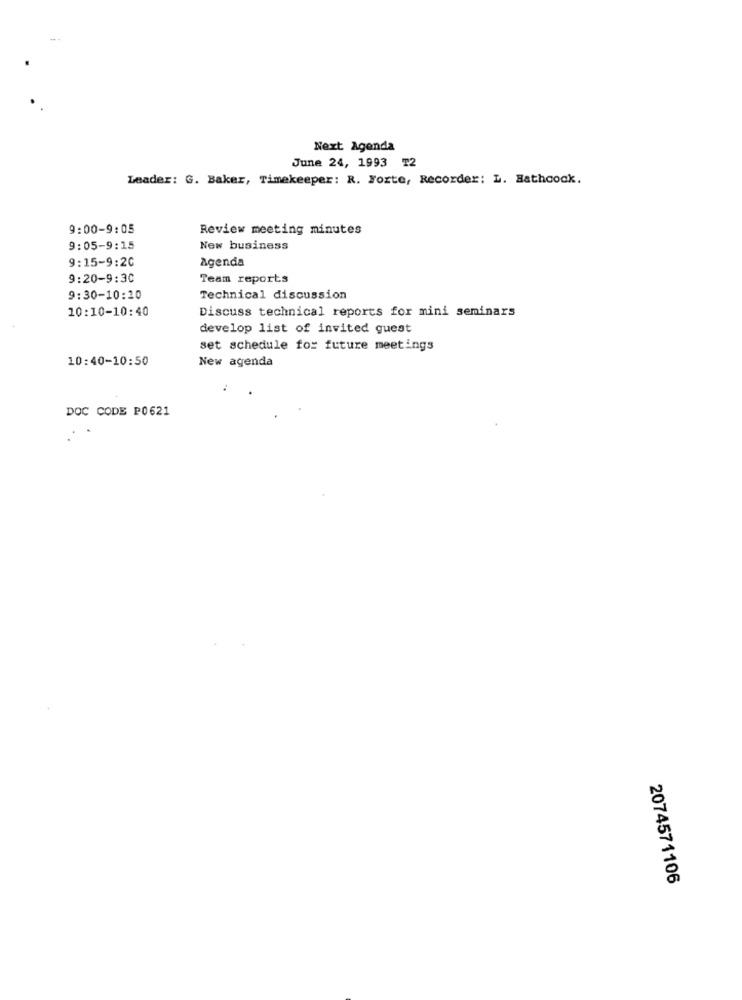
Next Agenda
June 24, 1993 T2
Leader: G. Baker, Timekeeper: R. Forte, Recorder: L. Hathcock.
9:00-9:05
Review meeting minutes
9:05-9:15
New business
9:15-9:20
Agenda
9:20-9:30
Team reports
9:30-10:20
Technical discussion
10:10-10:40
Discuss technical reports for mini seminars
develop list of invited guest
set schedule for future meetings
10:40-10:50
New agenda
DOC CODE PO621
2074571106